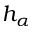
h _ { \alpha }